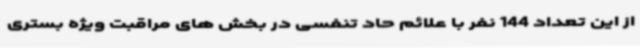
از این تعداد 144 نفر با علائم حاد تنفسی در بخش های مراقبت ویژه بستری